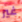
غير